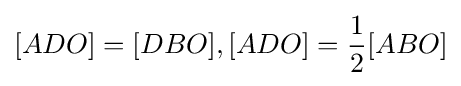
[ADO]=[DBO],[ADO]={\frac {1}{2}}[ABO]